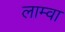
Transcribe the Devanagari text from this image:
लाम्वा